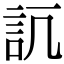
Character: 𧥬